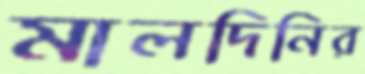
মালদিনির